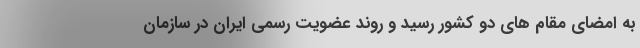
به امضای مقام های دو کشور رسید و روند عضویت رسمی ایران در سازمان